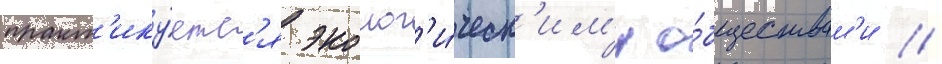
практ'ику́етс'я эколог'и́ческ'им'и о́бществам'и //